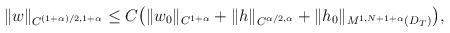
\begin{align*}\begin{aligned}\|w\|_{C^{(1+\alpha)/2,1+\alpha}}\leq C\big(\|w_0\|_{C^{1+\alpha}}+\|h\|_{C^{\alpha/2,\alpha}}+\|h_0\|_{M^{1,N+1+\alpha}(D_T)}\big),\end{aligned}\end{align*}